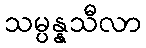
သမ္ပန္နသီလာ